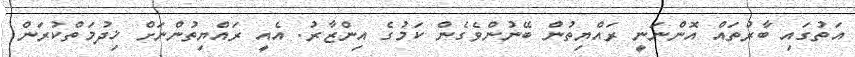
އަތުގައި ބާރުތައް އޮންނަނީ ރައްޔިތުން ބޭނުންވެގެން ކަމުގެ އިންޒާރު. އެއީ ރައްޔިތުންނަށް ޚިދުމަތްކުރަން